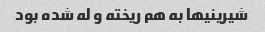
شیرینیها به هم ریخته و له شده بود